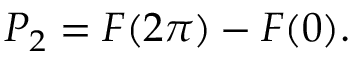
P _ { 2 } = F ( 2 \pi ) - F ( 0 ) .